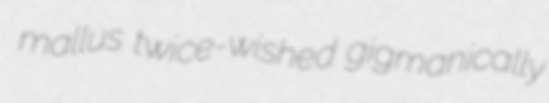
mallus twice-wished gigmanically